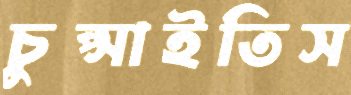
চুপ্‌সাইতিস